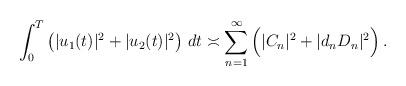
LaTeX: \begin{align*} \int_{0}^{T} \big(|u_1(t)|^2+|u_2(t)|^2\big)\ dt \asymp\sum_{ n= 1}^{\infty}\Big(|C_{n}|^2+ |d_nD_{n}|^2\Big) \,.\end{align*}